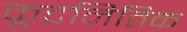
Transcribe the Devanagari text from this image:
कूटनितिक